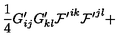
\frac { 1 } { 4 } G _ { i j } ^ { \prime } G _ { k l } ^ { \prime } { \cal F ^ { \prime } } ^ { i k } { \cal F ^ { \prime } } ^ { j l } +